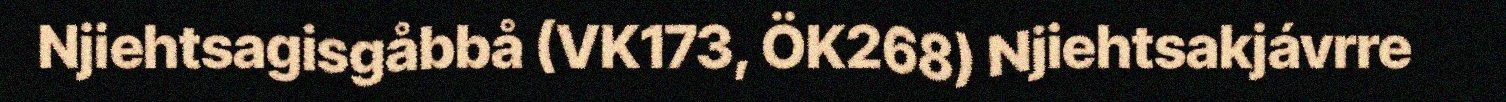
Njiehtsagisgåbbå (VK173, ÖK268) Njiehtsakjávrre